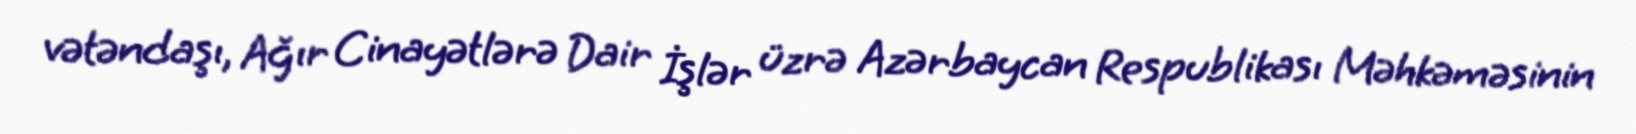
vətəndaşı, Ağır Cinayətlərə Dair İşlər üzrə Azərbaycan Respublikası Məhkəməsinin